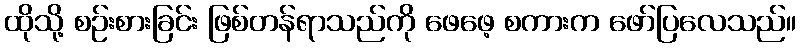
ထိုသို့ စဉ်းစားခြင်း ဖြစ်တန်ရာသည်ကို ဖေဖေ့ စကားက ဖော်ပြလေသည်။